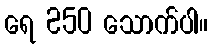
ရေ 250 သောက်ပါ။